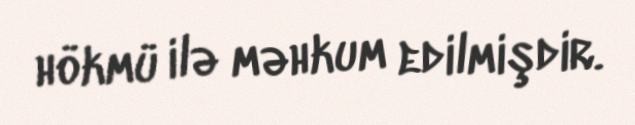
hökmü ilə məhkum edilmişdir.